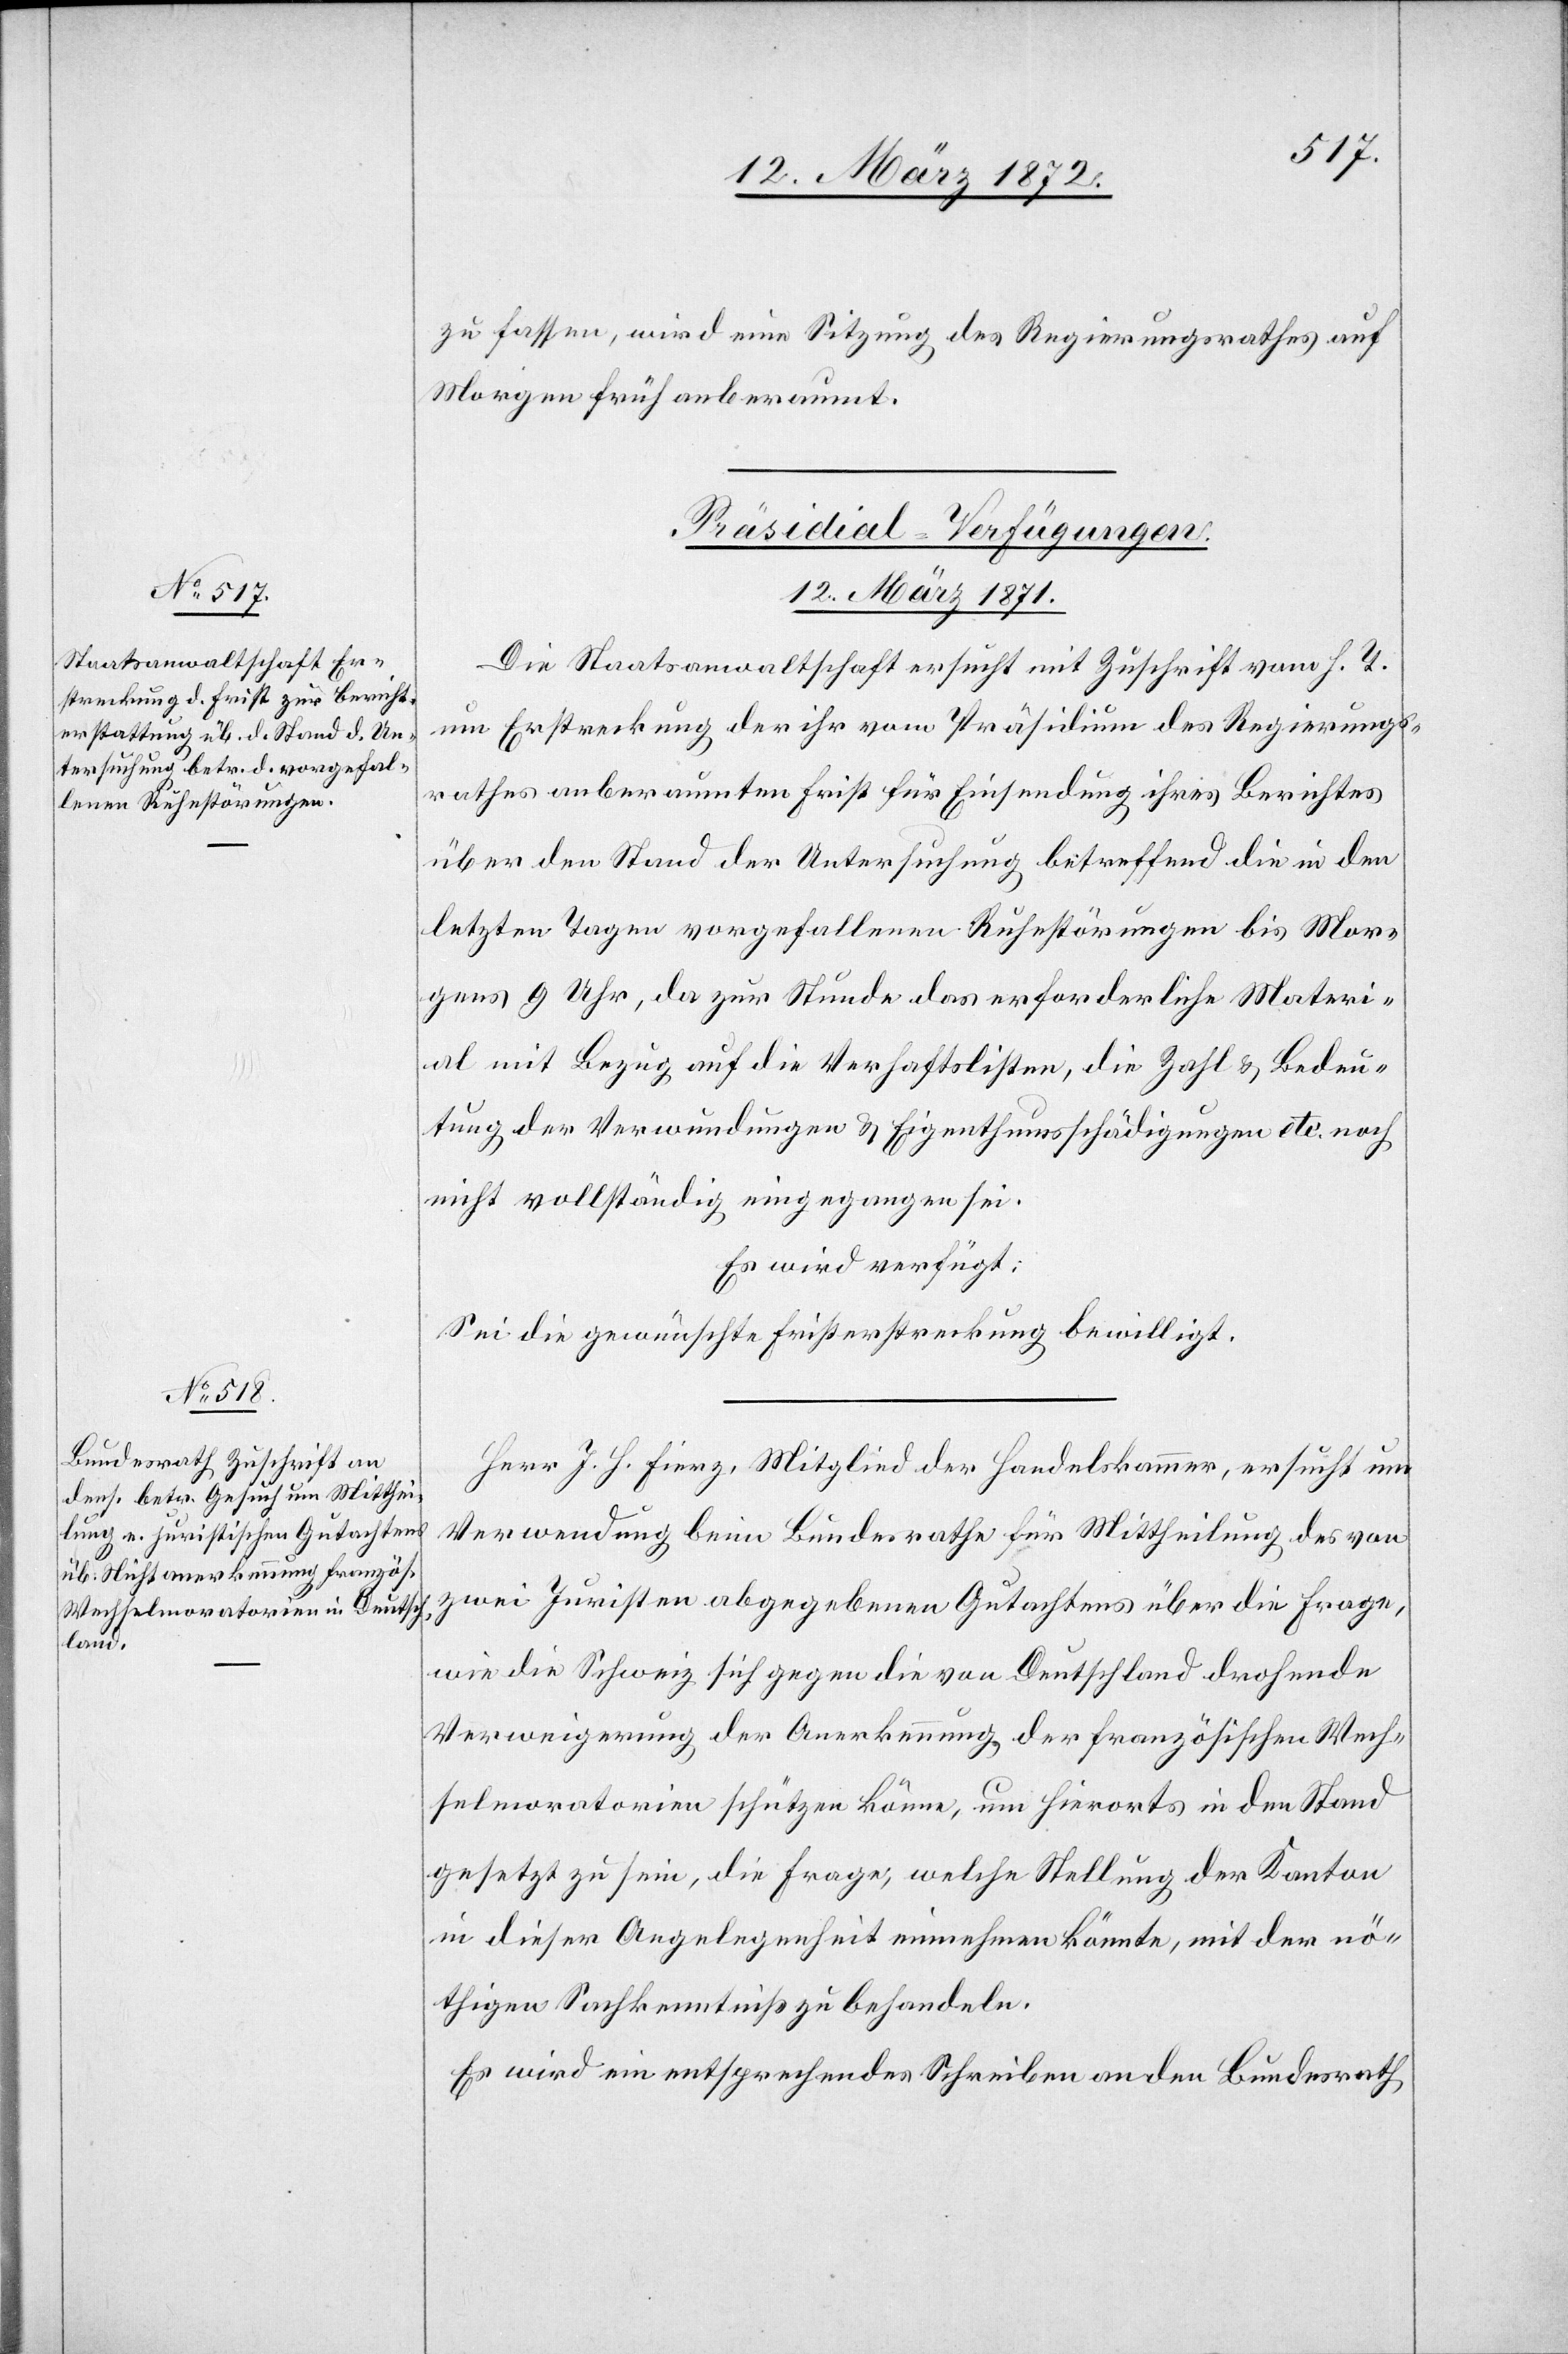
zu fassen, wird eine Sitzung des Regierungsrathes auf
Morgen früh anberaumt.
[Präsidial-Verfügungen
12. März 1871.]
Die Staatsanwaltschaft ersucht mit Zuschrift vom h. T.
um Erstreckung der ihr vom Präsidium des Regierungs¬
rathes anberaumten Frist für Einsendung ihres Berichtes
über den Stand der Untersuchung betreffend die in den
letzten Tagen vorgefallenen Ruhestörungen bis Mor¬
gens 9 Uhr, da zur Stunde das erforderliche Materi¬
al mit Bezug auf die Verhaftslisten, die Zahl u. Bedeu¬
tung der Verwundungen u. Eigenthumsschädigungen etc. noch
nicht vollständig eingegangen sei.
Es wird verfügt:
Sei die gewünschte Fristerstreckung bewilligt.
Herr J. H. Fierz, Mitglied der Handelskammer, ersucht um
Verwendung beim Bundesrathe für Mittheilung des von
zwei Juristen abgegebenen Gutachtens über die Frage,
wie die Schweiz sich gegen die von Deutschland drohende
Verweigerung der Anerkennung der französischen Wech¬
selmoratorien schützen könne, um hierorts in den Stand
gesetzt zu sein, die Frage, welche Stellung der Kanton
in dieser Angelegenheit einnehmen könnte, mit der nö¬
thigen Sachkenntnis zu behandeln.
Es wird ein entsprechendes Schreiben an den Bundesrath